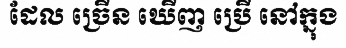
ដែល ច្រើន ឃើញ ប្រើ នៅក្នុង